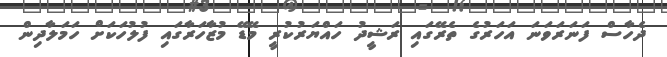
ދެހާސް ފަނަރަވަނަ އަހަރުގެ ތެރޭގައި ރަޝީދު ހައްޔަރުކުރީ މޭޑޭ މުޒާހަރާގައި ފުލުހަކަށް ހަމަލާދިން